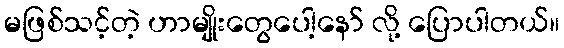
မဖြစ်သင့်တဲ့ ဟာမျိုးတွေပေါ့နော် လို့ ပြောပါတယ်။